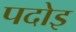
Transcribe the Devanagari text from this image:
पदोइ